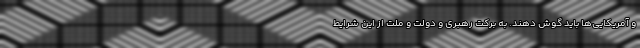
و آمریکایی‌ها باید گوش دهند. به برکت رهبری و دولت و ملت از این شرایط